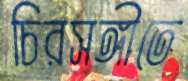
চিরসঙ্গীতে